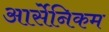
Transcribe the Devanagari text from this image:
आर्सेनिकम